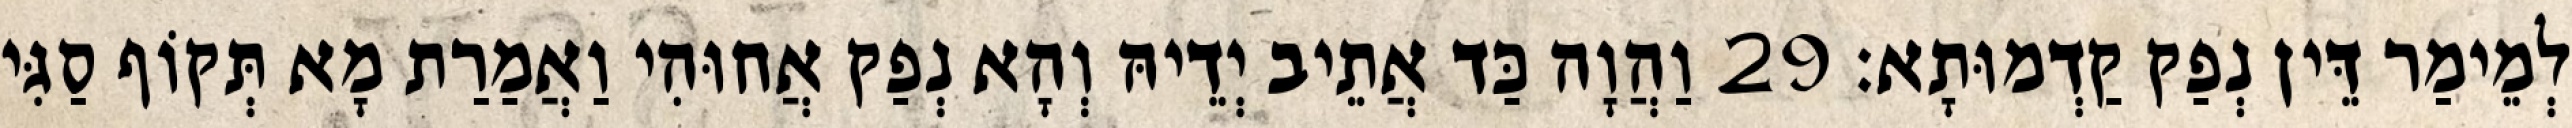
לְמֵימַר דֵּין נְפַק קַדְמוּתָא׃ 29 וַהֲוָה כַּד אֲתֵיב יְדֵיהּ וְהָא נְפַק אֲחוּהִי וַאֲמַרַת מָא תְּקוֹף סַגִּי